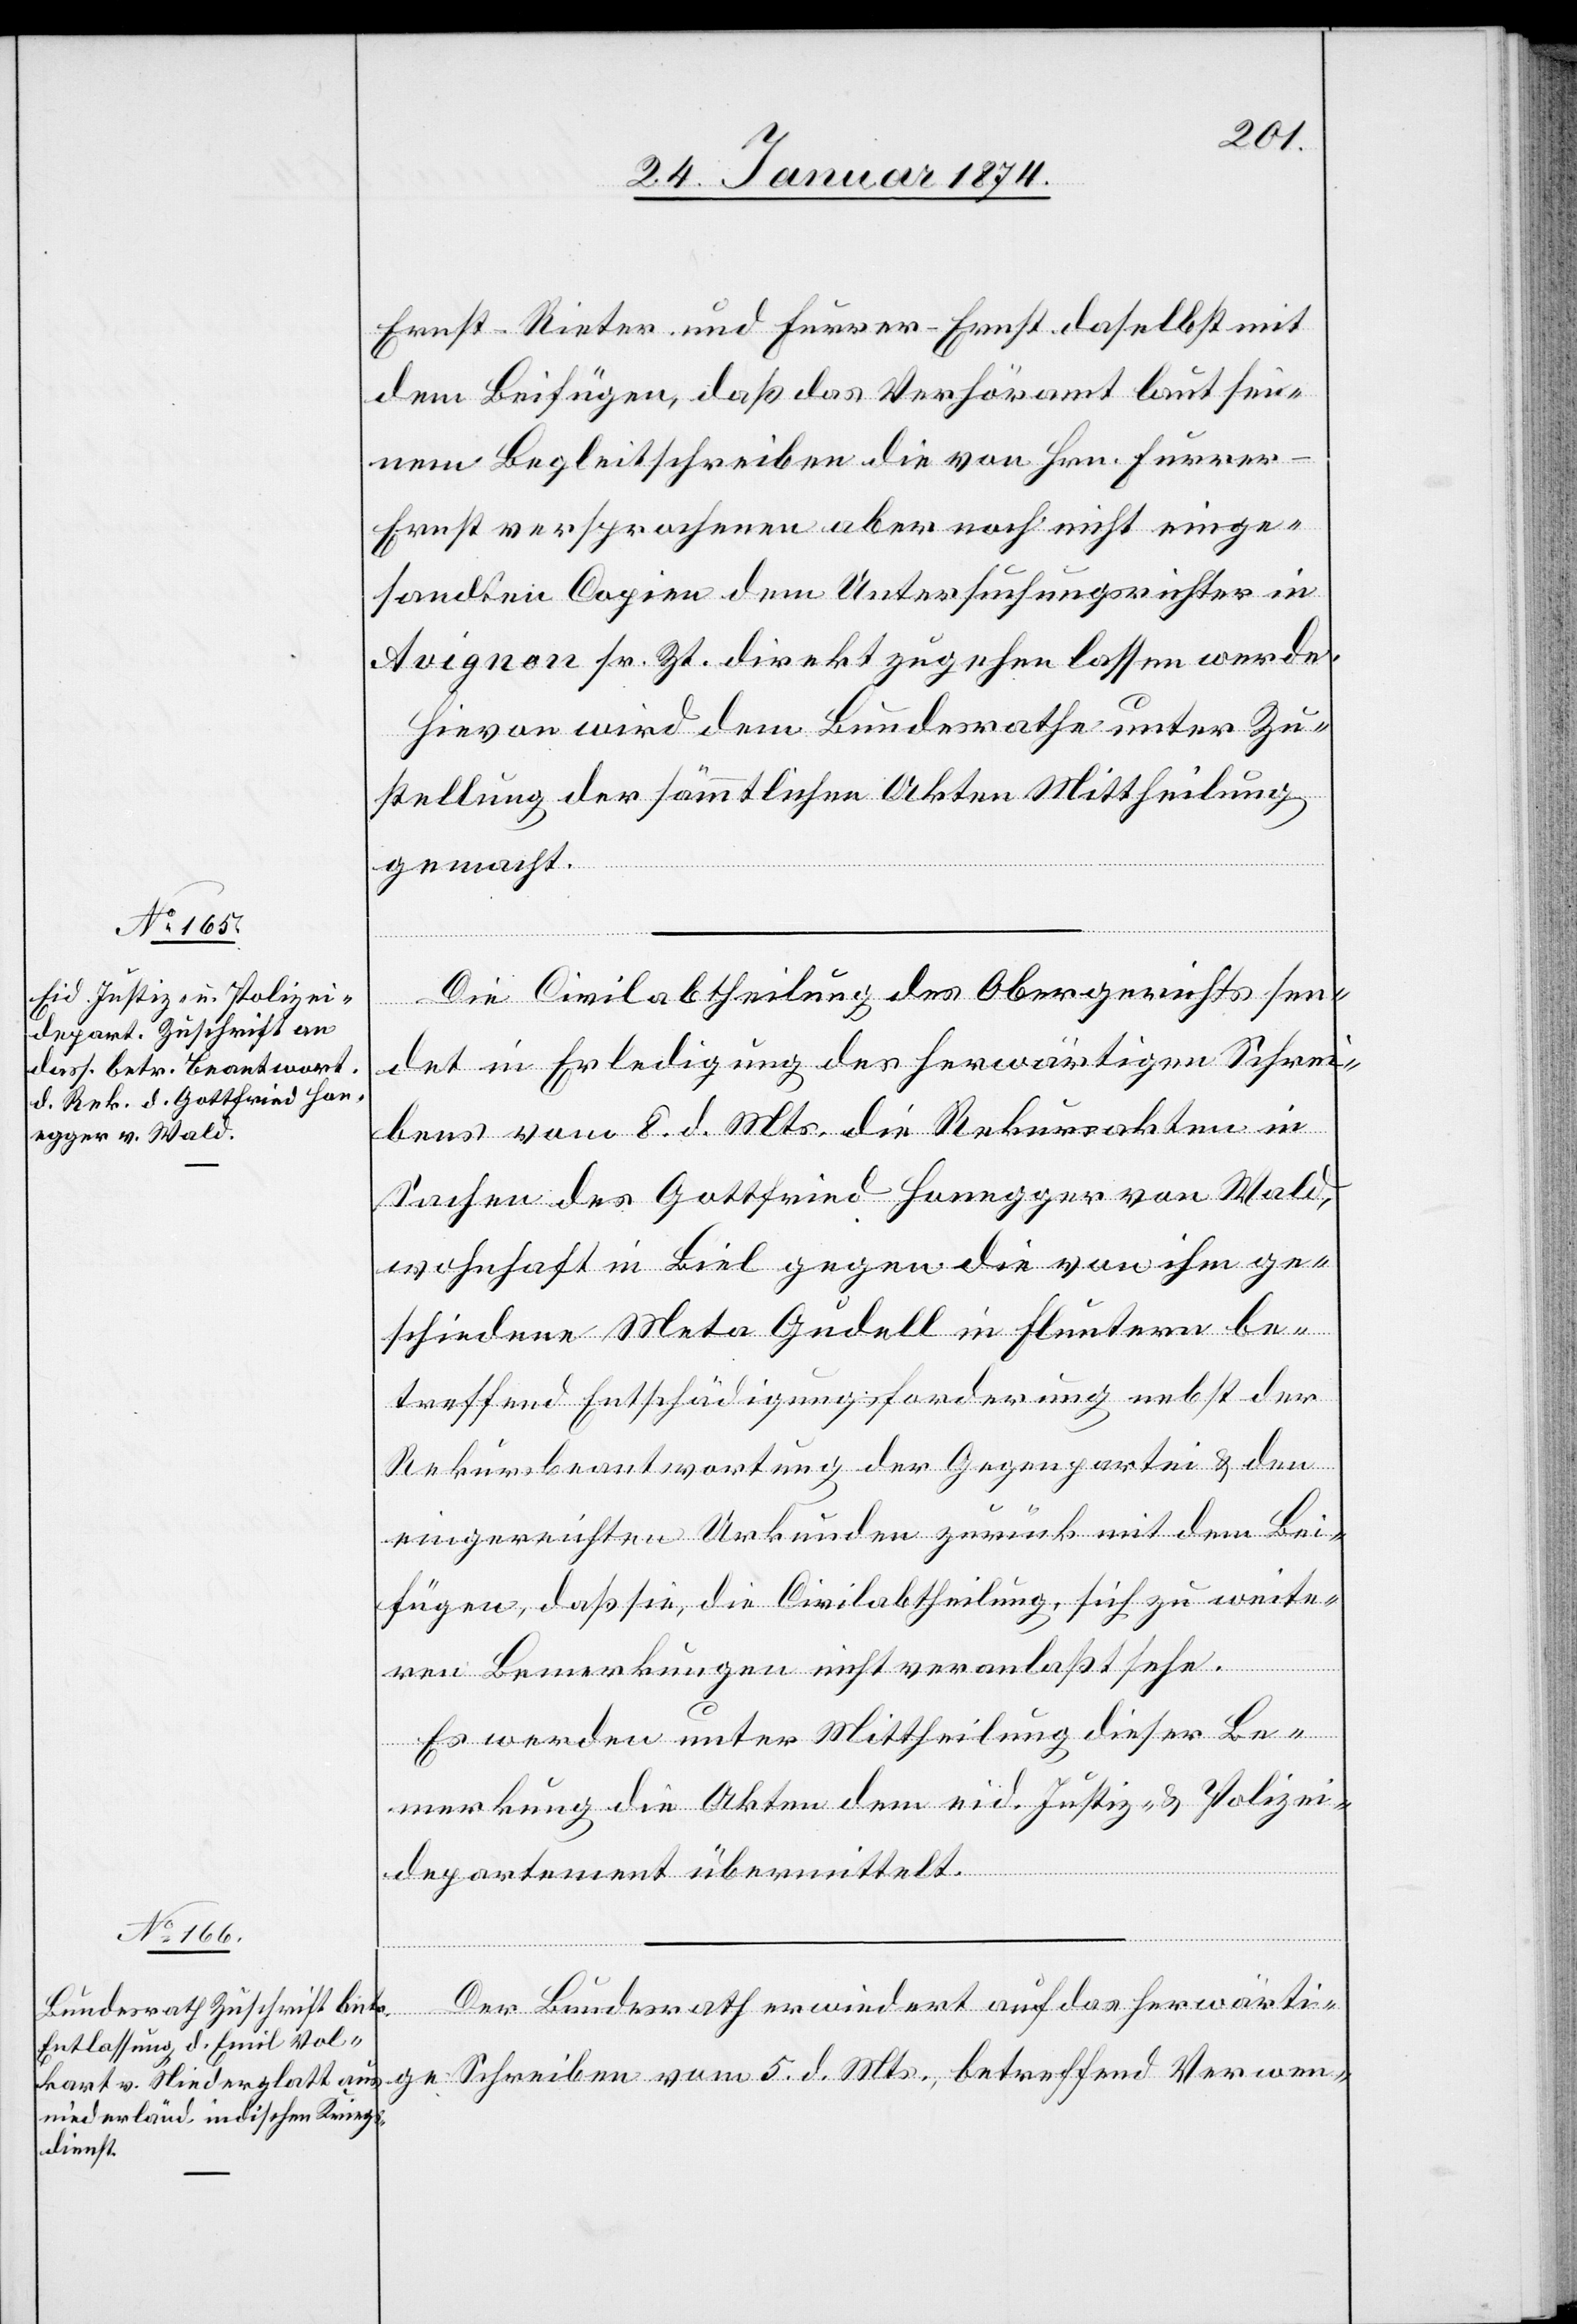
28. Januar 1874.]
Ernst-Rieter und Furrer-Ernst daselbst mit
dem Beifügen, daß das Verhöramt laut sei¬
nem Begleitschreiben die von Hrn. Furre¬
r-Ernst versprochenen aber noch nicht einge¬
sandten Copien dem Untersuchungsrichter in
Avignon sr. Zt. direkt zugehen lassen werden.
Hievon wird dem Bundesrathe unter Zu¬
stellung der sämmtlichen Akten Mittheilung
gemacht.
Die Civilabtheilung des Obergerichts sen¬
det in Erledigung des herwärtigen Schrei¬
bens vom 8. d. Mts. die Rekursakten in
Sachen des Gottfried Honegger von Wald,
wohnhaft in Biel gegen die von ihm ge¬
schiedene Meta Gudell in Fluntern be¬
treffend Entschädigungsforderung nebst der
Rekursbeantwortung der Gegenpartei & den
eingereichten Urkunden zurück mit dem Bei¬
fügen, daß sie, die Civilabtheilung, sich zu weite¬
ren Bemerkungen nicht veranlaßt sehe.
Es werden unter Mittheilung dieser Be¬
merkung die Akten dem eid. Justiz- & Polizei¬
departement übermittelt.
Der Bundesrath erwiedert auf das herwärti¬
ge Schreiben vom 5. d. Mts., betreffend Verwen-